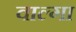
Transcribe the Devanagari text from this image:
वाल्गा